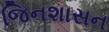
જિનશાસન